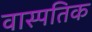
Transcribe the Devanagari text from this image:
वास्पतिक